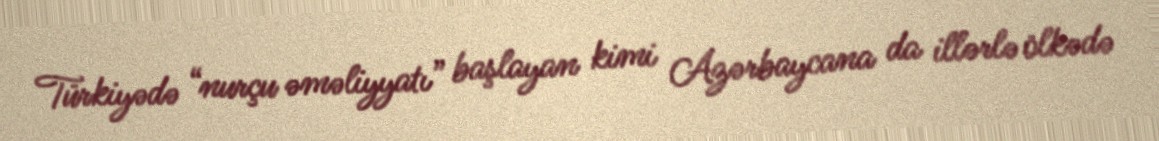
Türkiyədə “nurçu əməliyyatı” başlayan kimi Azərbaycana da illərlə ölkədə